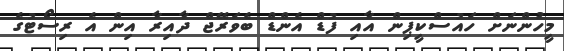
މީހުންނަށް ހައުސްކީޕިން އާއި ފުޑް އެންޑް ބެވަރޭޖް ދާއިރާ އިން އެ ރިސޯޓުގެ